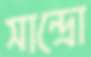
সান্দ্রো